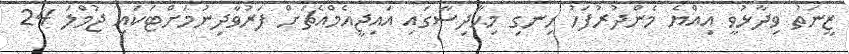
ޒީނަތު ވިދާޅުވީ އިއްޔެ މެންދުރުފަހު ހިނގި މިޙާދިސާގައި އައިޖީއެމްއެޗަށް ފަރުވާދިނުމަށްޓަކައި ޖުމްލަ 24